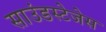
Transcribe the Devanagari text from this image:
साउंडस्टेजेस